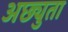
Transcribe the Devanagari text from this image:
अछ्युता